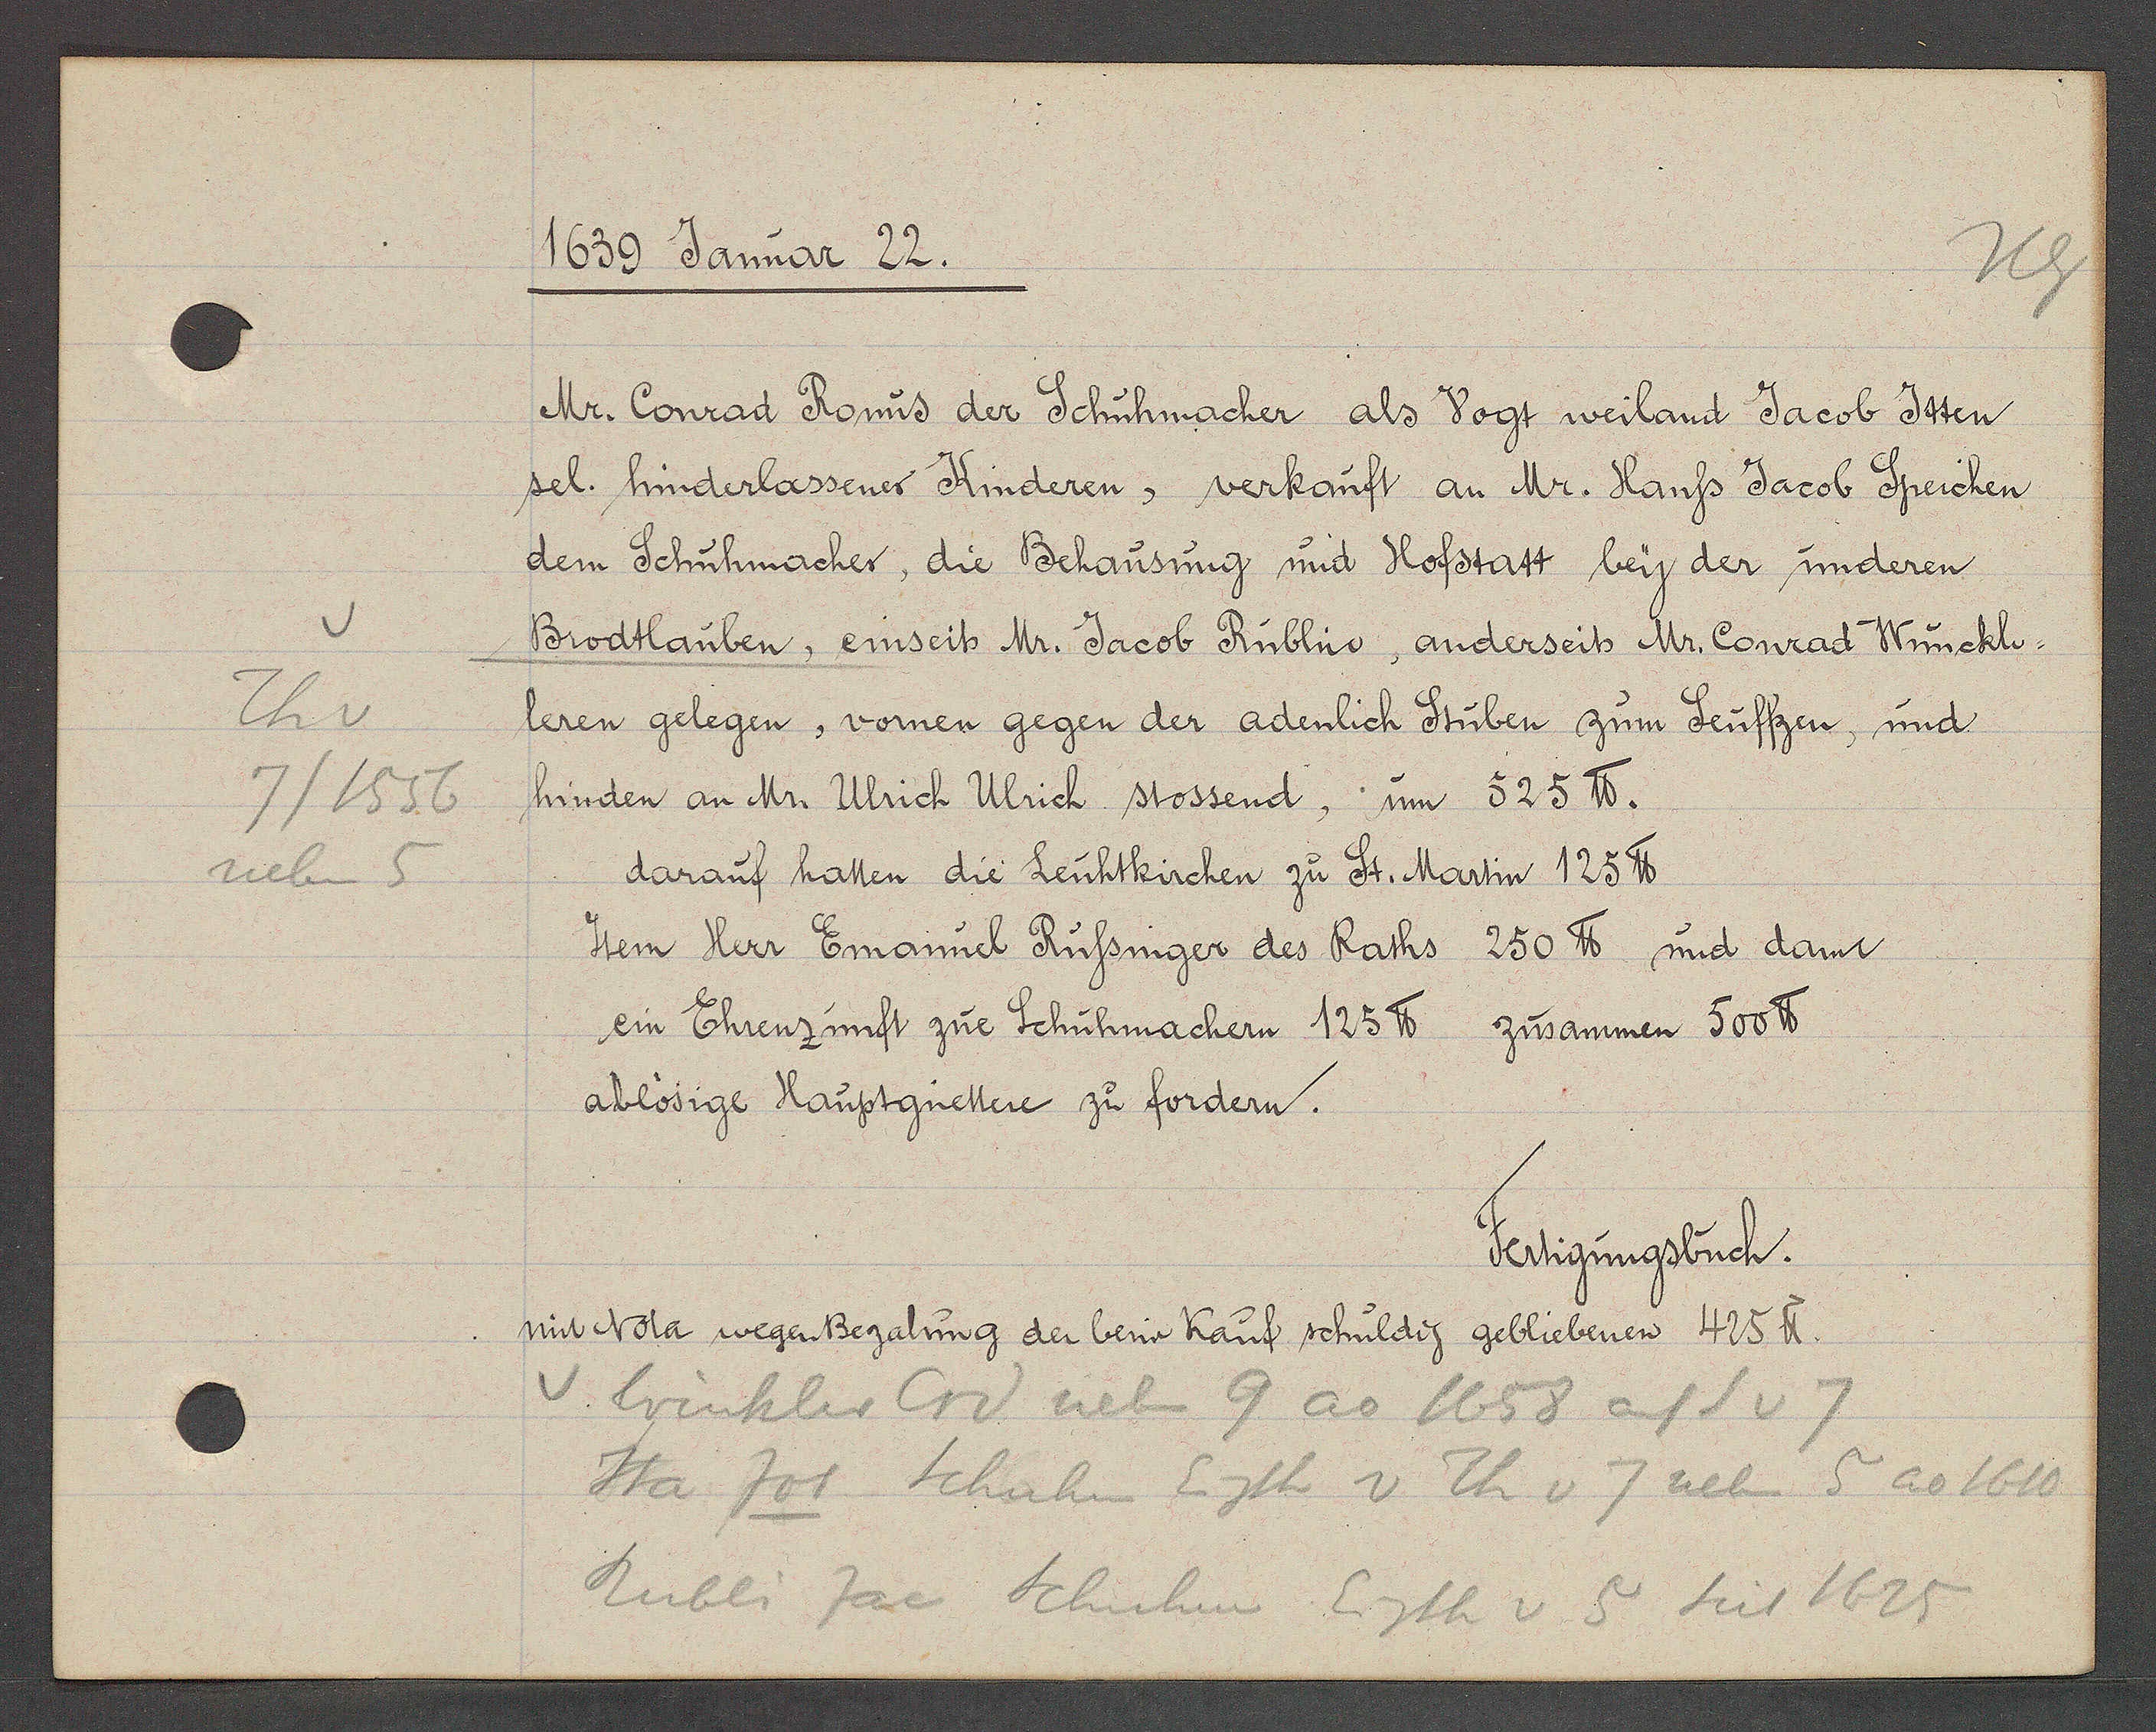
Transcript:
Th v
7/1556
neben 5

1639 Januar 22.

Mr. Conrad Ronus der Schuhmacher als Vogt weiland Jacob Itten
sel. hinderlassener Kinderen, verkauft an Mr. Hanss Jacob Speichen
dem Schuhmacher, die Behausung und Hofstatt bey der underen
Brodtlauben, einseits Mr. Jacob Rüblin, anderseits Mr. Conrad Wunckh-
leren gelegen, vornen gegen der adenlich Stüben zum Seuffzen, und
hinden an Mr. Ulrich Ulrich stossend, um 525 ℔.
darauf hatten die Leutkirchen zu St. Martin 125 ℔.
Item Herr Emanuel Russinger des Raths 250 ℔ und dant
ein Ehrenzunft zue Schuhmachern 125 ℔ zusammen 500 ℔.
ablösige Hauptguettere zu fordern.

Fertigungsbuch.
unt Nola wegen Bezalung der beim Kauf schuldig gebliebenen 425 ℔.

v. Wunkler Crd neben 9 ao 1658 auf S v 7
Ita Jos Schuhm Eigth v Th v 7 neben 5 ao 1610
Rubli Jac Schuhm Eigth v 5 seit 1625